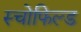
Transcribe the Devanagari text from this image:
स्चोफिल्ड